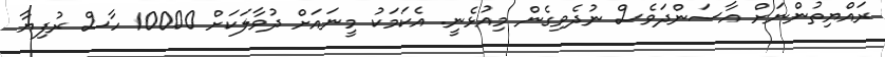
ރައްޔިތުންނަށް އާސަންދަވެސް ނުދެވިގެން މިއުޅެނީ. އެކަމަކު މީނައަށް ދުވާލަކަށް 10000 ހާސް ރުފިޔާ